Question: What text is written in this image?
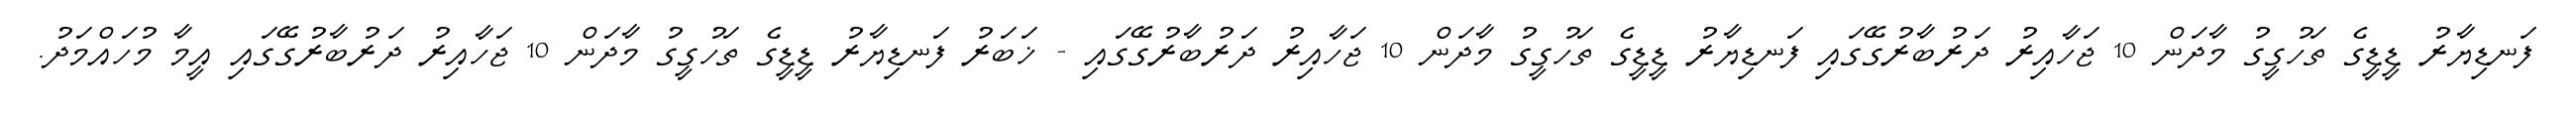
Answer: ފަނޑިޔާރު ޑީޑީގެ ތަހުގީގު މާދަން 10 ޖަހާއިރު ދަރުބާރުގޭގައި ފަނޑިޔާރު ޑީޑީގެ ތަހުގީގު މާދަން 10 ޖަހާއިރު ދަރުބާރުގޭގައި - ޚަބަރު ފަނޑިޔާރު ޑީޑީގެ ތަހުގީގު މާދަން 10 ޖަހާއިރު ދަރުބާރުގޭގައި އީމާ މުހައްމަދު.